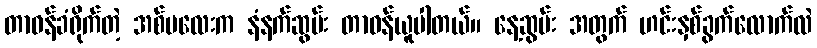
တာဝန်ခံရိုက်တဲ့ အစ်မလေးက နံနက်ဆွမ်း တာဝန်ယူပါတယ်။ နေ့ဆွမ်း အတွက် ဟင်းနှစ်ခွက်လောက်လဲ